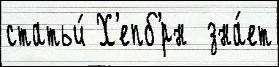
статьи́ Х'епб'́рн  зна́ет